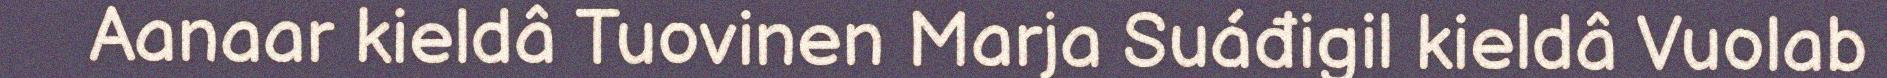
Aanaar kieldâ Tuovinen Marja Suáđigil kieldâ Vuolab